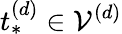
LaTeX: t_{*}^{(d)}\in\mathcal{V}^{(d)}